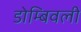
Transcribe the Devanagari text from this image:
डोम्बिवली